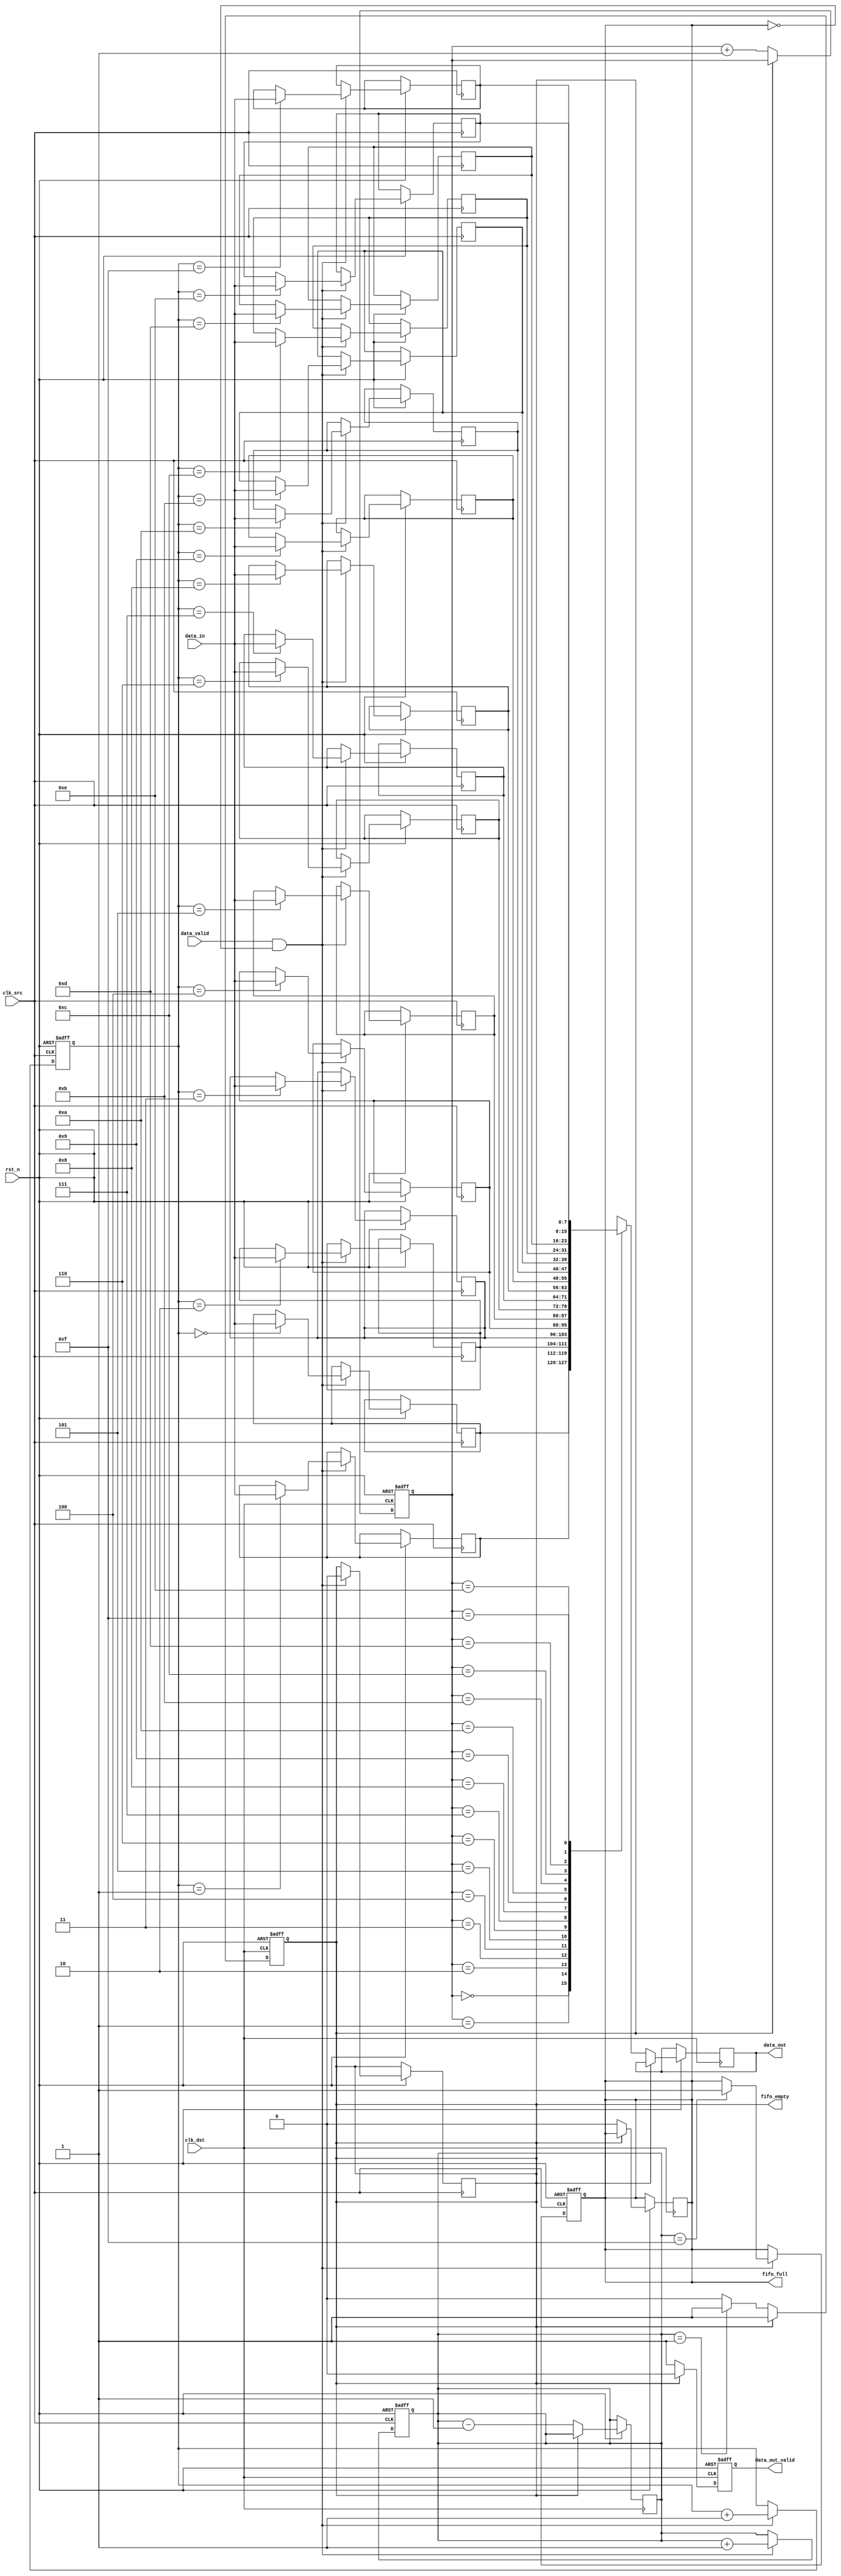
module burst_mode_synchronizer #(
    parameter DATA_WIDTH = 8,
    parameter FIFO_DEPTH = 16
)(
    input wire clk_src,            // Source clock (faster)
    input wire clk_dst,            // Destination clock (slower)
    input wire rst_n,              // Asynchronous reset (active low)
    input wire [DATA_WIDTH-1:0] data_in, // Data input from source clock domain
    input wire data_valid,         // Data valid signal from source clock domain
    output reg [DATA_WIDTH-1:0] data_out, // Data output to destination clock domain
    output reg data_out_valid,     // Data valid signal for output
    output reg fifo_full,          // FIFO full indicator
    output reg fifo_empty          // FIFO empty indicator
);

    // FIFO buffer implementation
    reg [DATA_WIDTH-1:0] fifo [0:FIFO_DEPTH-1];
    reg [clog2(FIFO_DEPTH)-1:0] write_ptr, read_ptr;
    reg [clog2(FIFO_DEPTH)-1:0] fifo_count;

    // Function to calculate log2
    function integer clog2;
        input integer value;
        begin
            value = value - 1;
            for (clog2 = 0; value > 0; clog2 = clog2 + 1)
                value = value >> 1;
        end
    endfunction

    // Write data to FIFO on source clock
    always @(posedge clk_src or negedge rst_n) begin
        if (!rst_n) begin
            write_ptr <= 0;
            fifo_count <= 0;
            fifo_full <= 0;
        end else if (data_valid && !fifo_full) begin
            fifo[write_ptr] <= data_in;
            write_ptr <= write_ptr + 1;
            fifo_count <= fifo_count + 1;
            if (fifo_count == FIFO_DEPTH - 1)
                fifo_full <= 1;
            fifo_empty <= 0;
        end
    end

    // Read data from FIFO on destination clock
    always @(posedge clk_dst or negedge rst_n) begin
        if (!rst_n) begin
            read_ptr <= 0;
            data_out_valid <= 0;
            fifo_empty <= 1;
        end else if (!fifo_empty) begin
            data_out <= fifo[read_ptr];
            data_out_valid <= 1;
            read_ptr <= read_ptr + 1;
            fifo_count <= fifo_count - 1;
            if (fifo_count == 1)
                fifo_empty <= 1;
            fifo_full <= 0;
        end else begin
            data_out_valid <= 0; // No valid data if FIFO is empty
        end
    end

    // Error detection (simple parity check)
    wire parity_check = ^data_out;
    reg error_detected;
    
    always @(posedge clk_dst) begin
        if (data_out_valid) begin
            error_detected <= (parity_check != expected_parity); // Check against expected parity
            // Handle error (e.g., log or signal an error condition)
        end
    end

endmodule